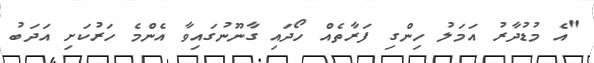
"އެ މުޑުދާރު އަމަލު ހިންގި ފަރާތެއް ހޯދައި ގާނޫނުގައިވާ އެންމެ ހަރުކަށި އަދަބު